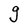
Character: g